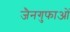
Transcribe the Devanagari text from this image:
जैनगुफाओं